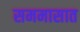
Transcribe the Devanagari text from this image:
सममासात